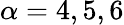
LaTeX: \alpha=4,5,6